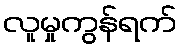
လူမှုကွန်ရက်